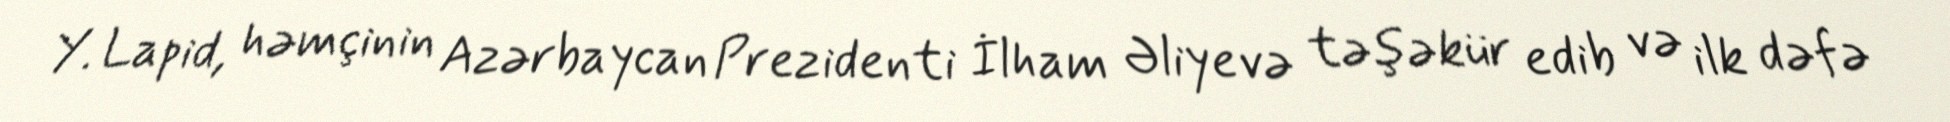
Y. Lapid, həmçinin Azərbaycan Prezidenti İlham Əliyevə təşəkür edib və ilk dəfə